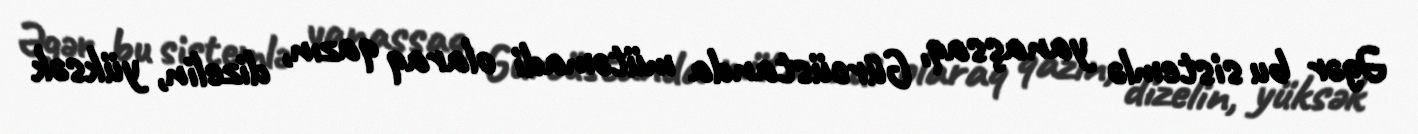
Əgər bu sistemlə yanaşsaq, Gürcüstanda mütəmadi olaraq qazın, dizelin, yüksək